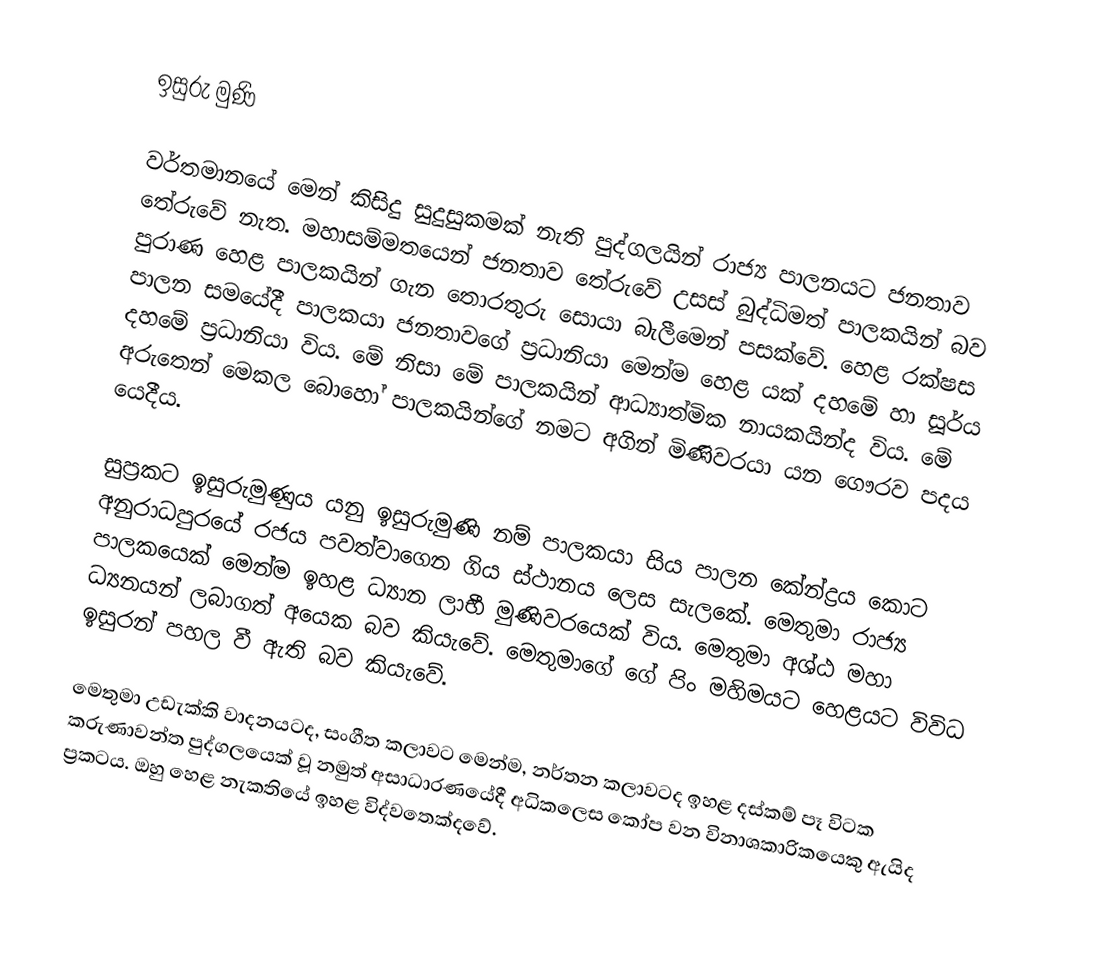
ඉසුරු මුණි

වර්තමානයේ මෙන් කිසිදු සුදුසුකමක් නැති පුද්ගලයින් රාජ්‍ය පාලනයට ජනතාව තේරුවේ නැත. මහාසම්මතයෙන් ජනතාව තේරුවේ උසස් බුද්ධිමත් පාලකයින් බව පුරාණ හෙළ පාලකයින් ගැන තොරතුරු සොයා බැලීමෙන් පසක්වේ. හෙළ රක්ෂස පාලන සමයේදී පාලකයා ජනතාවගේ ප්‍රධානියා මෙන්ම හෙළ යක් දහමේ හා සූර්ය දහමේ ප්‍රධානියා විය. මේ නිසා මේ පාලකයින් ආධ්‍යාත්මික නායකයින්ද විය. මේ අරුතෙන් මෙකල බොහෝ පාලකයින්ගේ නමට අගින් මිණිවරයා යන ගෞරව පදය යෙදීය.

සුප්‍රකට ඉසුරුමුණුය යනු ඉසුරුමුණි නම් පාලකයා සිය පාලන කේන්ද්‍රය කොට අනුරාධපුරයේ රජය පවත්වාගෙන ගිය ස්ථානය ලෙස සැලකේ. මෙතුමා රාජ්‍ය පාලකයෙක් මෙන්ම ඉහළ ධ්‍යාන ලාභී මුණිවරයෙක් විය. මෙතුමා අශ්ඨ මහා ධ්‍යනයන් ලබාගත් අයෙක බව කියැවේ. මෙතුමාගේ ගේ පිං මහිමයට හෙළයට විවිධ ඉසුරන් පහල වී ඇති බව කියැවේ.

මෙතුමා උඩැක්කි වාදනයටද, සංගීත කලාවට මෙන්ම, නර්තන කලාවටද ඉහළ දස්කම් පෑ විටක කරුණාවන්ත පුද්ගලයෙක් වූ නමුත් අසාධාරණයේදී අධිකලෙස කෝප වන විනාශකාරිකයෙකු ඇයිද ප්‍රකටය. ඔහු හෙළ නැකතියේ ඉහළ විද්වතෙක්දවේ.